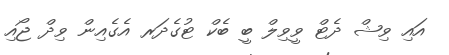
އައި ވިޝް ދެޓް ވީވިލް ބީ ބެކް ޓުގެދަރ އެގެއިން ވިދް ޖޯއި